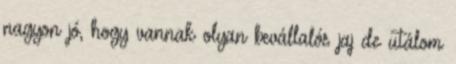
nagyon jó, hogy vannak olyan bevállalós jaj de utálom